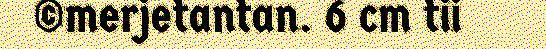
©merjetantan. 6 cm tii